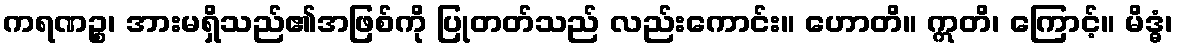
ကရဏဉ္စ၊ အားမရှိသည်၏အဖြစ်ကို ပြုတတ်သည် လည်းကောင်း။ ဟောတိ။ ဣတိ၊ ကြောင့်။ မိဒ္ဓံ၊